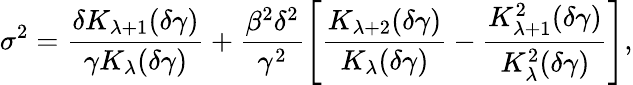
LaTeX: \sigma^{2}=\frac{\delta K_{\lambda+1}(\delta\gamma)}{\gamma K_{\lambda}(\delta\gamma)}+\frac{\beta^{2}\delta^{2}}{\gamma^{2}}\Bigg[\frac{K_{\lambda+2}(\delta\gamma)}{K_{\lambda}(\delta\gamma)}-\frac{K_{\lambda+1}^{2}(\delta\gamma)}{K_{\lambda}^{2}(\delta\gamma)}\Bigg],